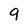
Character: 9